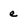
Character: e